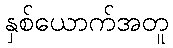
နှစ်ယောက်အတူ